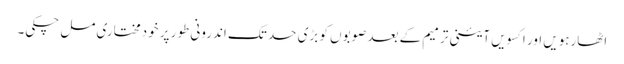
اٹھارہویں اور اکسویں آئینی ترمیم کے بعد صوبوں کو بڑی حد تک اندرونی طور پر خودمختاری مل چکی۔